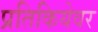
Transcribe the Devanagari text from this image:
प्रतिकियेवर